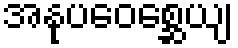
အနုပဝေစ္ဆေယျ